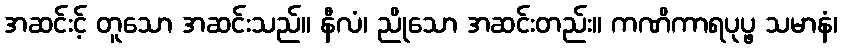
အဆင်းင့် တူသော အဆင်းသည်။ နီလံ၊ ညိုသော အဆင်းတည်း။ ကဏိကာရပုပ္ဖ သမာနံ၊